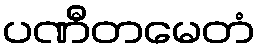
ပဏီတမေတံ